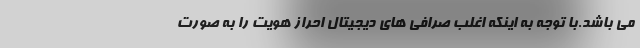
می باشد.با توجه به اینکه اغلب صرافی های دیجیتال احراز هویت را به صورت